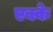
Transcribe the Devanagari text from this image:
एक्के